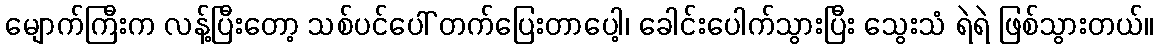
မျောက်ကြီးက လန့်ပြီးတော့ သစ်ပင်ပေါ် တက်ပြေးတာပေါ့၊ ခေါင်းပေါက်သွားပြီး သွေးသံ ရဲရဲ ဖြစ်သွားတယ်။